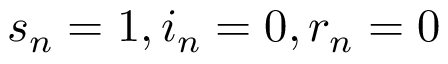
s _ { n } = 1 , i _ { n } = 0 , r _ { n } = 0